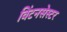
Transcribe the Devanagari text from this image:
विंटनसेस्टर